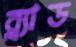
ব্ল্যাড